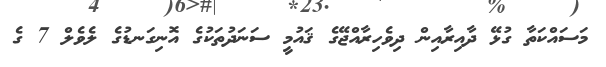
މަސައްކަތާ ގުޅޭ ދާއިރާއިން ދިވެހިރާއްޖޭގެ ޤައުމީ ސަނަދުތަކުގެ އޮނިގަނޑުގެ ލެވެލް 7 ގެ